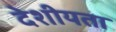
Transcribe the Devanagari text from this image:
देशीयता